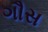
ગૌસ